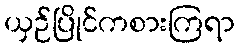
ယှဉ်ပြိုင်ကစားကြရာ